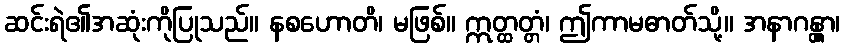
ဆင်းရဲ၏အဆုံးကိုပြုသည်။ နစဟောတိ၊ မဖြစ်။ ဣတ္ထတ္တံ၊ ဤကာမဓာတ်သို့။ အနာဂန္တွာ၊